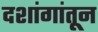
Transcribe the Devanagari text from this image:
दशांगांतून